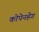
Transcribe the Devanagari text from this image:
कोपेनहेग